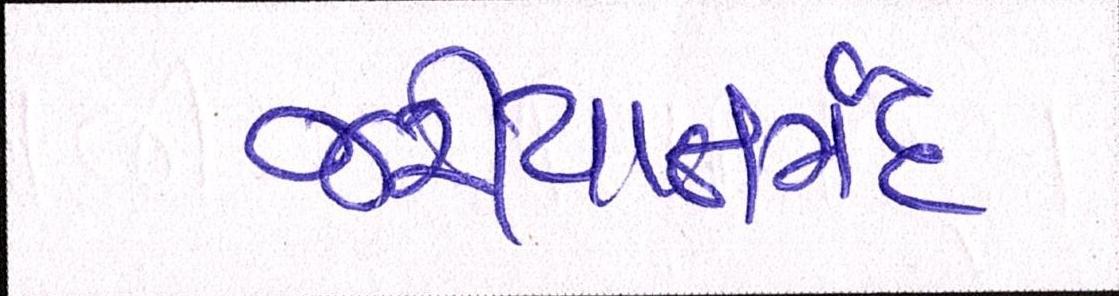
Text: જરીયાતમંદ